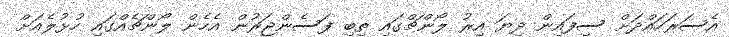
އެސަރަހައްދަށް ސިފައިން ދިޔަ އިރު ލޯންޗްގައި ތިބި ފަސެންޖަރުން އެހެން ލޯންޗެއްގައި ހުޅުލެއަށް